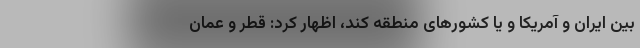
بین ایران و آمریکا و یا کشور‌های منطقه کند، اظهار کرد: قطر و عمان